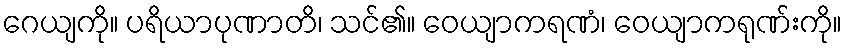
ဂေယျကို။ ပရိယာပုဏာတိ၊ သင်၏။ ဝေယျာကရဏံ၊ ဝေယျာကရုဏ်းကို။